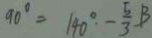
9 0 ^ { \circ } = 1 4 0 ^ { \circ } - \frac { 5 } { 3 } B